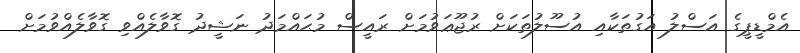
އެމްޑީޕީގެ އަސްލު އަގުތަކާއި އުސޫލުތަކަށް ރުޖޫޢަވުމަށް ރައީސް މުޙައްމަދު ނަޝީދު ގޮވާލެއްވި ގޮވާލެއްވުމަށް